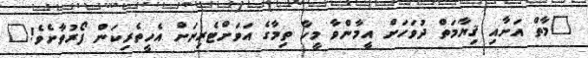
"މާތް އަށާއި ޤިޔާމަތް ދުވަހަށް އީމާންވާ މީހާ ތިމާގެ އަވަށްޓެރިނަށް އެހީތެރިކަން ފޯރުވާށެވެ!"